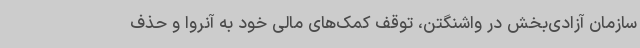
سازمان آزادی‌بخش در واشنگتن، توقف کمک‌های مالی خود به آنروا و حذف